Annual report of the Punjab Veterinary College and of the Civil Veterinary Department, Punjab - 1894-1908
Year: 1894
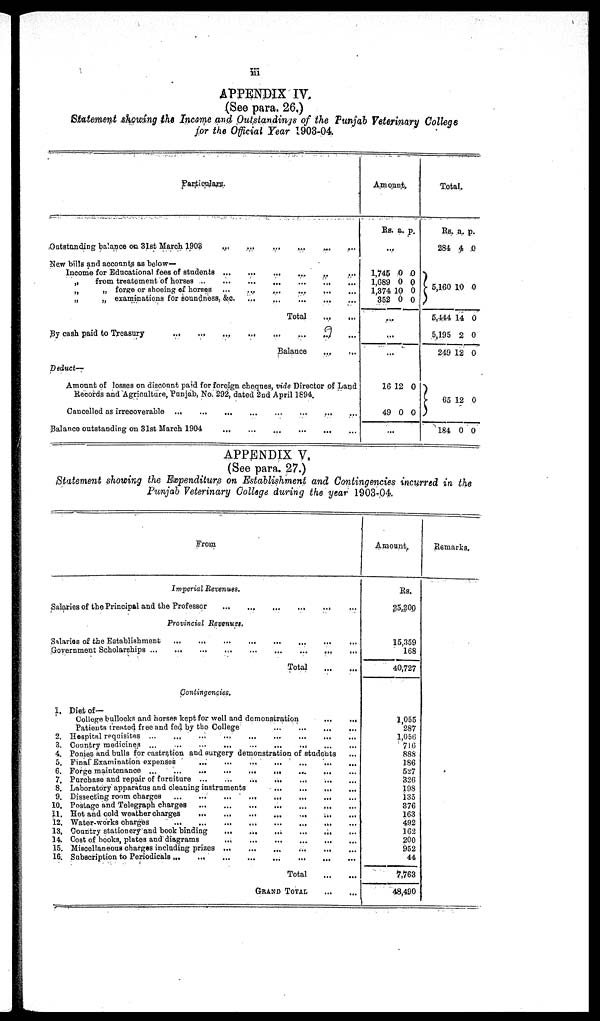
iii
APPENDIX IV.
(See para. 26.)
Statement showing the Income and Outstandings of the Punjab Veterinary College
for the Official Year 1903-04.
Particulars.
Outstanding balance on 31st March 1903 ... ... ... ... ... ...
New bills and accounts as below—
Income for Educational fees of students ... ... ... ... ... ...
„
from treatement of horses
...
...
...
...
„
„
forge or shoeing of horses
...
...
...
...
...
„
„
examinations for soundness, &c.
... ... ... ... ...
Total ... ...
By cash paid to Treasury ... ... ... ... ... ...
Balance
Deduct—
Amount of losses on discount paid for foreign cheques, vide Director of Land
Cancelled as irrecoverable ... ... ... ... ... ... ... ...
Balance outstanding on 31st March 1904
...
...
...
...
Amount.
Rs. a. p.
...
1,745
1,689
1,374
352
0
0
10
0
0
0
0
0
...
...
...
16
49
12
0
0
0
...
Total.
Rs.
284
5,160
5,444
5,195
249
65
184
a.
4
10
14
2
12
12
0
p.
0
0
0
0
0
0
0
APPENDIX V.
(See para. 27.)
Statement showing the Expenditure on Establishment and Contingencies incurred in the
Punjab Veterinary College during the year 1903-04.
From
Imperial Revenues.
Salaries of the Principal and the Professor
...
...
...
...
...
Provincial Revenues.
Salaries of the Establishment
...
...
...
...
...
...
...
Government Scholarships ... ... ... ... ... ... ...
Total
...
...
Contingencies.
1. Diet of—
College bullocks and horses kept for well and demonstration
...
...
Patients treated free and fed by the College
...
...
...
...
2. Hospital requisites
...
...
...
...
...
...
...
...
3. Country medicines ...
...
...
...
...
...
...
...
...
4. Ponies and bulls for castration and surgery demonstration of students ...
5. Final Examination expenses
...
...
...
...
6. Forge maintenance
...
...
...
...
...
...
...
7. Purchase and repair of furniture
...
...
...
...
...
...
8. Laboratory apparatus and cleaning instruments ... ... ... ... ... ...
9. Dissecting room charges
...
...
...
...
...
10. Postage and Telegraph charges ... ... ... ... ...
11, Hot and cold weather charges
...
...
...
...
12. Water-works charges
...
...
...
...
...
13. Country stationery and book binding
...
...
...
...
...
14. Cost of books, plates and diagrams
...
...
...
...
...
...
15. Miscellaneous charges including prizes
...
...
...
...
...
...
16. Subscription to Periodicals
...
...
...
...
...
Total
...
...
GRAND
TOTAL
Amount.
Rs.
25,200
15,359
168
40,727
1,055
287
1,056
716
888
186
527
326
198
135
376
163
492
162
200
952
44
7,763
48,490
Remarks.